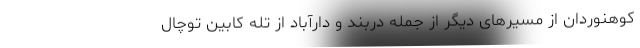
کوهنوردان از مسیر‌های دیگر از جمله دربند و دارآباد از تله کابین توچال